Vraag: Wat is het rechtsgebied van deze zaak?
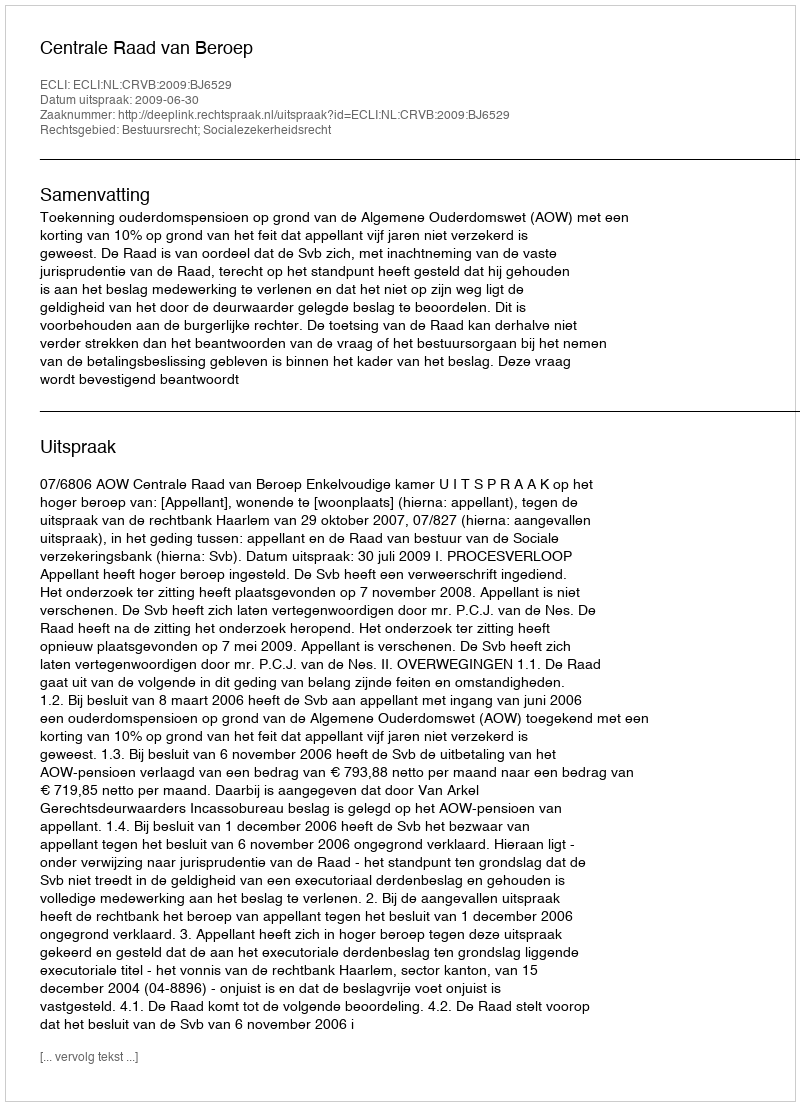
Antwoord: Bestuursrecht; Socialezekerheidsrecht